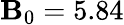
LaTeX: \mathbf{B}_{0}=5.84